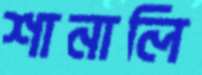
শানালি